King Institute of Preventive Medicine Bacteriolog. Section reports 1907-08
Year: 1907
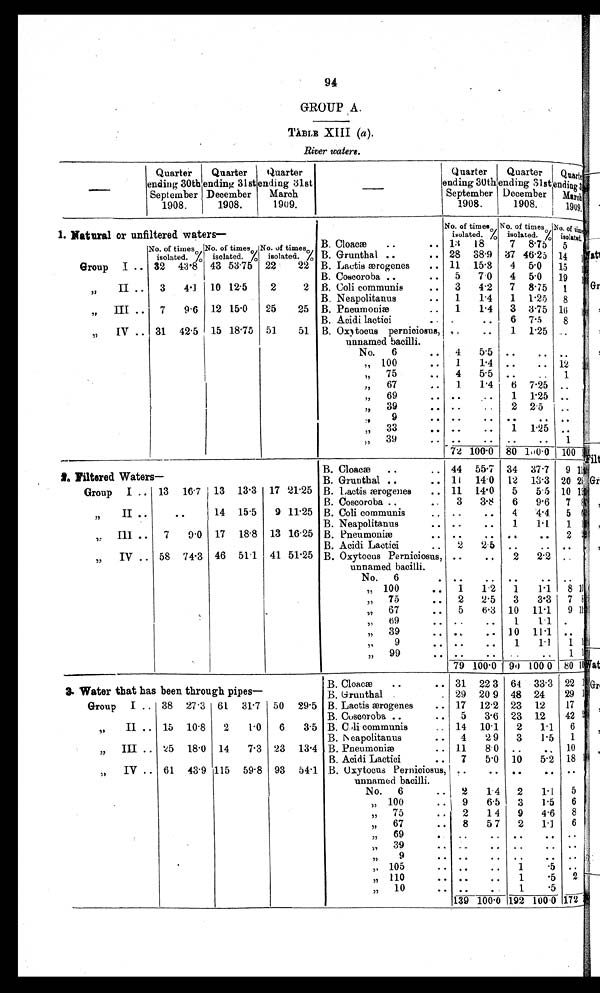
94
GROUP A.
TABLE XIII (a ).
River waters.
—
Quarter
ending 30th
September
1908.
Quarter
ending 31st
December
1908.
Quarter
ending
31st
March
1909.
—
Quarter
ending 30th
September
1908.
Quarter
ending 31st
December
1908.
Quarter
ending
31st
March
1909.
1. Natural or unfiltered waters—
No. of times
i sol at ed. %
No. of times
isolated. %
No. of times
isolated. %
B. Cloacæ
..
13 18
7 8.75
5
No. of times
isolated. %
No. of times
isolated. %
No. of times
isolated. % B. Grunthal ..
.. 28 38.9 37 46.25 14
1
Group I .. 32 43.8 43 53.75 22
22 B. Lactis ærogenes
.. 11 15.3
4 5.0
15
1
B. Coscoroba ..
..
5
7.0
4 5.0
19 1
"
II ..
3
4.1
10 12.5
2
2 B. Coli communis
..
3
4.2
7 8.75
1
B. Neapolitanus
..
1
1.4
1 1.25
8
"
III .
7
9.6 12 15.0
25
25 B. Pneumoniæ
.. .
1
1.4
3 3.75 16 1
B. Acidi lactici
..
.
. .
6 7.5
8
" IV .. 31 42.5 15 18.75 51
51 B. Oxytocus perniciosus,
unnamed bacilli.
. .
..
1 1.25
. . . .
No.
6
..
4
5.5 ..
.. ..
. .
" 100
1
1.4 ..
.. 12
" 75
..
4
5.5 _..
..
1
"
67
..
1
1.4
6 7.25 ..
"
69
.. ..
. .
1 1.25 ..
"
39
.. ..
..
2 2.5
..
. .
"
9
. .
. .
. .
. .
. . . .
"
33
.. ..
..
1 1.25
. .
. .
"
39
. .
. .
. .
. .
1
72 100.0 80 100.0 100
B. Cloacæ
..
.. 44 55.7 34 37.7
9 11
2 Filtered Waters—
B. Grunthal ..
.. 11
14.0 12 13.3 20 25
Group I .. 13 16.7 13 13.3 17 21.25 B. Lactis ærogenes
.. 11 14.0
5
5.5 10
1 2
B. Coscoroba ..
.
3
3.8
6
9.6
7
8
" II ..
.
.
14 15.5
9 11.25 B. Coli communis
.. ..
..
4
4.4
5
0
B. Neapolitanus
.. ..
..
1
1 . 1 1 1
"
III ..
7
9.0 17 18.8 13 16.25 B. Pneumoniæ
. .
. .
. .
. .
2 2
B. Acidi Lactici
..
2
2.5 ..
.. ..
. .
"
IV .. 58 74.3 46 51.1 41 51.25 B. Oxytocus Perniciosus,
unnamed bacilli.
..
..
2
2.2
. . . .
No.
6
. ..
..
. .
. . ..
" 100
..
1
1.2
1
1.1
8 10
"
75
..
2
2.5
3
3.3
7 8
"
67
..
5
6.3 10 11.1
9 11
"
69
.
..
..
1
1.1 .
"
39
.. ..
.. 10 11.1 ..
"
9
.. ..
..
1
1.1
1 1
"
99
.. ..
..
..
..
1 1
79 100.0 90 100 0 80 10
B. Cloacæ. .
.. 31 22 3 64 33.3 22
3. Water that has been through pipes—
B. Grunthal .
. 29 20 9 48 24
29
Group I .. 38 27.3 61 31.7 50 29.5 B. Lactis ærogenes
.. 17 12.2 23 12
17
B. Coscoroba ..
..
5
3.6 23 12
42
"
II .. 15 10.8
2
1 . 0
6
3.5 B. Coli communis
.. 14 10.1
2
1.1
6
B. Neapolitanus
..
4
2.9
3
1.5
1
"
III .. 25 18.0 14
7.3 23 13.4 B. Pneumoniæ
.. 11
8.0 ..
. . 10
B. Acidi Lactici
..
7
5.0 10
5.2 18
"
IV .. 61 43.9 115 59.8 93 54.1 B. Oxytocus Perniciosus,
unnamed bacilli.
. .
. .
. .
. .
. . . .
No.
6
2
1.4
2
1.1
5
" 100
..
9
6.5
3
1.5
6
"
75
..
2
1 4
9
4.6
8
"
67
..
8
5 7
2
1.1
6
"
69
..
..
..
. .
. .
. .
"
39
..
. .
.. ..
. .
. .
"
9
. .
..
. .
. .
. .
" 105
. .
. .
1
. 5
. .
" 110
.. ..
..
1
.5
2
"
10
..
. .
. .
1
.5
139 100.0 192 100.0 172